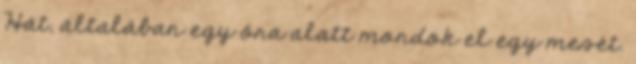
Hát, általában egy óra alatt mondok el egy mesét.